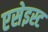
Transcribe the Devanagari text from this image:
एसेइस्ट